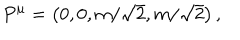
P ^ { \mu } = \left( 0 , 0 , m / \sqrt { 2 } , m / \sqrt { 2 } \right) ,